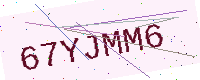
Text: 67YJMM6